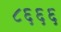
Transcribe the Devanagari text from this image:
८६६६